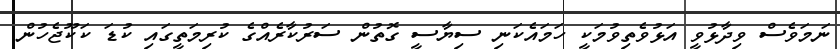
ނަމަވެސް ވިދާޅުވީ އަޅުވެތިވުމަކީ ހަމައެކަނި ސިޔާސީ ގޮތުން ސަރުކާރެއްގެ ކުރިމަތީގައި ކުޑަ ކަކޫޖެހުން